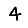
Digit: 4